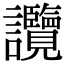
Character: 𧮤